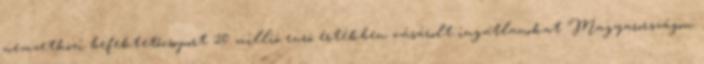
nemzetközi befektetőcsoport 20 millió euró értékben vásárolt ingatlanokat Magyarországon